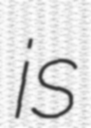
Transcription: is